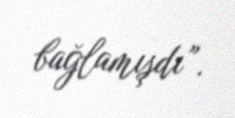
bağlamışdı”.